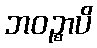
ဘဝဉ္စာပိ